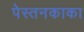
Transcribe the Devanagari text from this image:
पेस्तनकाका